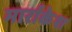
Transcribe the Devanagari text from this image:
मार्राकेश